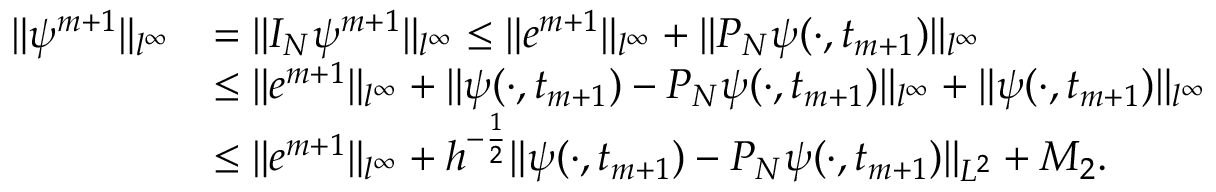
\begin{array} { r l } { \| \psi ^ { m + 1 } \| _ { l ^ { \infty } } } & { = \| I _ { N } \psi ^ { m + 1 } \| _ { l ^ { \infty } } \leq \| e ^ { m + 1 } \| _ { l ^ { \infty } } + \| P _ { N } \psi ( \cdot , t _ { m + 1 } ) \| _ { l ^ { \infty } } } \\ & { \leq \| e ^ { m + 1 } \| _ { l ^ { \infty } } + \| \psi ( \cdot , t _ { m + 1 } ) - P _ { N } \psi ( \cdot , t _ { m + 1 } ) \| _ { l ^ { \infty } } + \| \psi ( \cdot , t _ { m + 1 } ) \| _ { l ^ { \infty } } } \\ & { \leq \| e ^ { m + 1 } \| _ { l ^ { \infty } } + h ^ { - \frac { 1 } { 2 } } \| \psi ( \cdot , t _ { m + 1 } ) - P _ { N } \psi ( \cdot , t _ { m + 1 } ) \| _ { L ^ { 2 } } + M _ { 2 } . } \end{array}